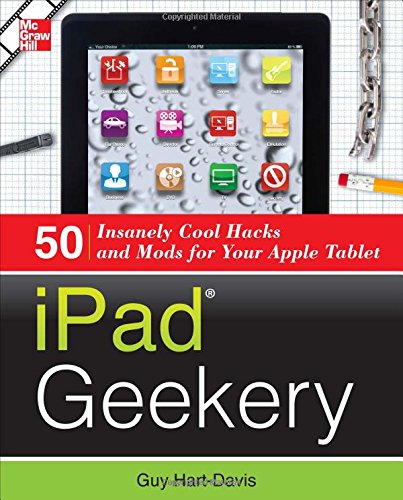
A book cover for iPad Geekery: 50 Insanely Cool Hacks and Mods for Your Apple Tablet; Guy Hart-Davis; Computers & Technology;